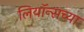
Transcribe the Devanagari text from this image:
लियॉन्सच्या